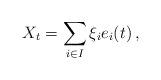
LaTeX: \begin{align*} X_t = \sum_{i\in I} \xi_i e_i(t)\, ,\end{align*}